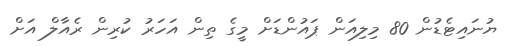
ޔުނައިޓެޑުން 80 މިލިއަން ޕައުންޑަށް މީގެ ތިން އަހަރު ކުރިން ރެއާލް އަށް